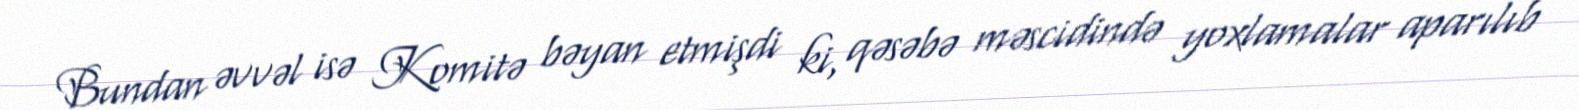
Bundan əvvəl isə Komitə bəyan etmişdi ki, qəsəbə məscidində yoxlamalar aparılıb